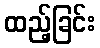
ထည့်ခြင်း